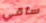
ساقي